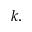
k .